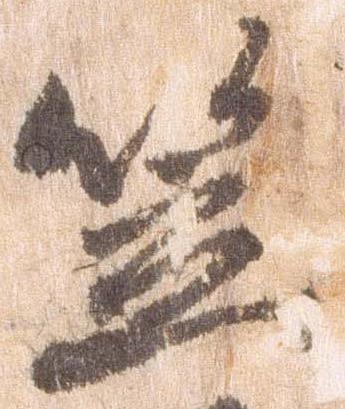
笠